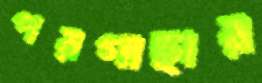
পরগাছার